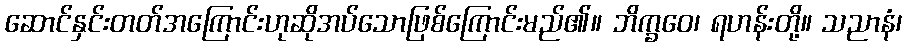
ဆောင်နှင်းတတ်အကြောင်းဟုဆိုအပ်သောဖြစ်ကြောင်းမည်၏။ ဘိက္ခဝေ၊ ရဟန်းတို့။ သညာနံ၊